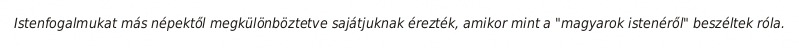
Istenfogalmukat más népektől megkülönböztetve sajátjuknak érezték, amikor mint a "magyarok istenéről" beszéltek róla.